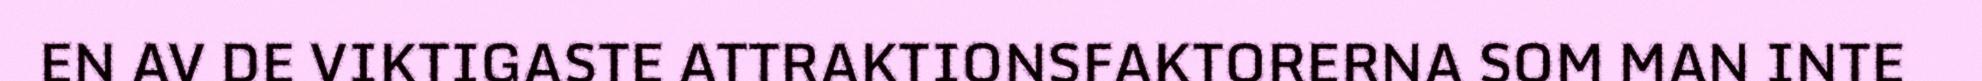
EN AV DE VIKTIGASTE ATTRAKTIONSFAKTORERNA SOM MAN INTE